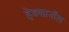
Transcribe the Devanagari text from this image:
हेक्सानॉल